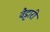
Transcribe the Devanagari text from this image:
वैट्टारी